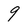
Character: 9